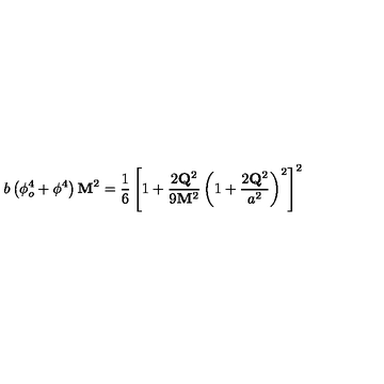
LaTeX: b \left( \phi _ { o } ^ { 4 } + \phi ^ { 4 } \right) { \bf M } ^ { 2 } = \frac { 1 } { 6 } \left[ 1 + \frac { 2 { \bf Q } ^ { 2 } } { 9 { \bf M } ^ { 2 } } \left( 1 + \frac { 2 { \bf Q } ^ { 2 } } { a ^ { 2 } } \right) ^ { 2 } \right] ^ { 2 }